Bulletin of the Pasteur Institute of Southern India, Coonoor - No. 3.
Year: 1910
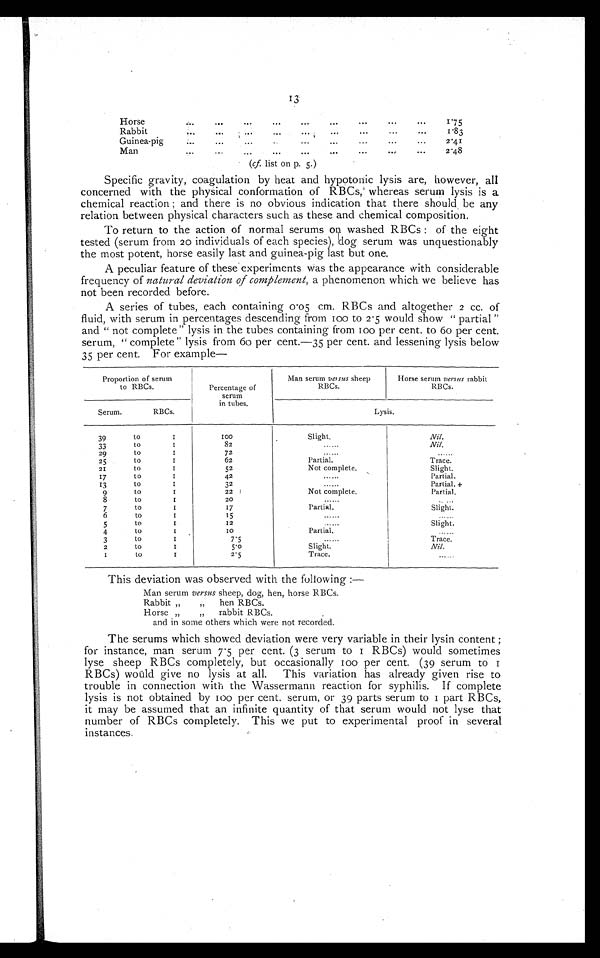
13'
Horse...
•••
..
...
•••
•••
•••
•••
1.75
Rabbit
...
...
...
...
1 •83
Guinea-pig
•••
...
•••
•••
•••
•••
•••
2.41
•••
•••
...
•••
•••
•••
•••
• • 1.
• • .
2 .4 8
MMan MMM
(cf. list on p. 5.)
Specific gravity, coagulation by heat and hypotonic lysis are, however, all
concerned with the physical conformation of RBCs, whereas serum lysis is a
chemical reaction ; and there is no obvious indication that there should be any
relation between physical characters such as these and chemical composition.
To return to the action of normal serums on washed RBCs : of the eight
tested (serum from 20 individuals of each species), dog serum was unquestionably
th.e most potent, horse easily last and guinea-pig last but one.
A peculiar feature of these experiments was the appearance with considerable
frequency of natural deviation of complement, a phenomenon which we believe has
not been recorded before.
A series of tubes, each containing O •o5 cm. RBCs and altogether 2 cc. of
fluid, with serum in percentages descending from 100 to 2 . 5 would show " partial "
and " not complete" lysis in the tubes containing from iOo per cent. to Go per cent.
serum, " complete" lysis from 6o per cent.-35 per cent. and lessening lysis below
35 per cent. For example
Proportion of serum
to RBCs.
Percentage of
serum
in tubes.
Man serum versus she ep
RBCs.
Horse serum versus rabbit
RBCs.
Serum.
RBCs.
Lysis.
39
33
29
25
21
17
13
9
8
7
6
5
4
3
2
1
to
to
to
to
to
to
to
to
to
to
to
to
to
to
to
to
1
I
I
1
I
I
I
I
I
1
I
I
I
I
I
I
1 0 0
82
72
62
52
42
32
22
20
17
15
12
10
7'5
5'0
2.5
Slight.
Partial.
Not complete.
......
Not complete.
••• •••
Partial.
••• .••
••• •••
Partial.
......
Slight.
Trace.
Nil.
Nil.
Trace.
Slight.
Partial.
Partial. +
Partial.
...
Slight.
Slight.
......
Trace.
Nil.
This deviation was observed with the following :-
Man serum versus sheep, dog, hen, horse RBCs.
Rabbit „
„ hen RBCs.
Horse „
„
rabbit RBCs.
and in some others which were not recorded.
The serums which showed deviation were very variable in their lysin content ;
for instance, man serum 7 . 5 per cent. (3 serum to I RBCs) would sometimes
lyse sheep RBCs completely, but occasionally 100 per cent. (39 serum to
RBCs) would give no lysis at all. This variation has already given rise to
trouble in connection with the Wassermann reaction for syphilis. If complete
lysis is not obtained by 100 per cent. serum, or 39 parts serum to i part RBCs,
it may be assumed that an infinite quantity of that serum would not lyse that
number of RBCs completely. This we put to experimental proof in several
instances.